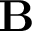
\mathbf B